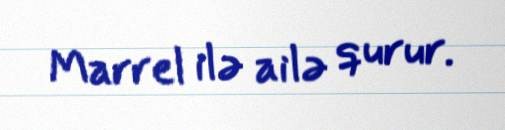
Marrel ilə ailə qurur.